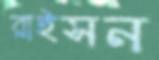
রাইসন